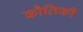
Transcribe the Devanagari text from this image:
कौतिकी